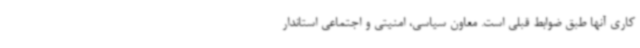
کاری آنها طبق ضوابط قبلی است. معاون سیاسی، امنیتی و اجتماعی استاندار